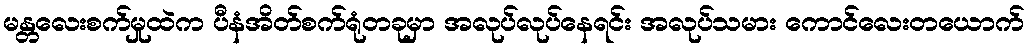
မန္တလေးစက်မှုထဲက ပီနံအိတ်စက်ရုံတခုမှာ အလုပ်လုပ်နေရင်း အလုပ်သမား ကောင်လေးတယောက်